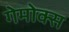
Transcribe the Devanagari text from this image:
गेमोक्स